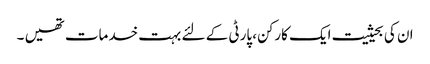
ان کی بحیثیت ایک کارکن، پارٹی کے لئے بہت خدمات تھیں ۔